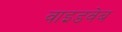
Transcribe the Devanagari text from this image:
वाइडवेब